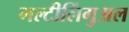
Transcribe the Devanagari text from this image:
मल्टीलिंगुअल